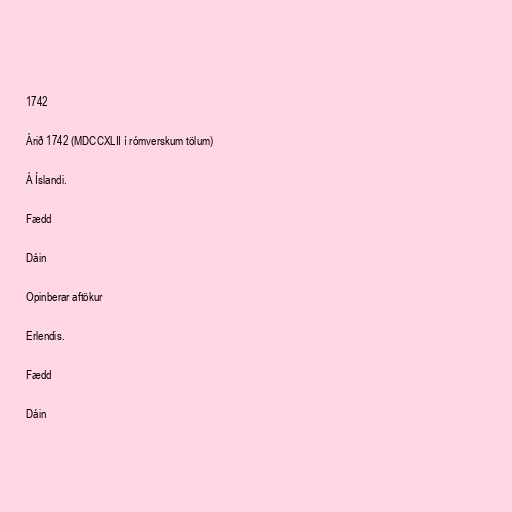
1742

Árið 1742 (MDCCXLII í rómverskum tölum)

Á Íslandi.

Fædd

Dáin

Opinberar aftökur

Erlendis.

Fædd

Dáin